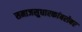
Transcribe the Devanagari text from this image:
समाजसुधारकांबरोबर